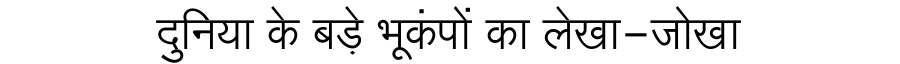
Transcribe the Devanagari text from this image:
दुनिया के बड़े भूकंपों का लेखा-जोखा